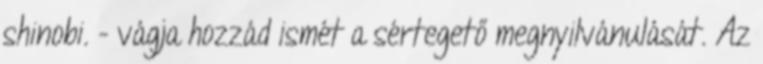
shinobi. - vágja hozzád ismét a sértegető megnyilvánulását. Az